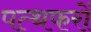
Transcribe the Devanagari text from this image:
पत्थफरों